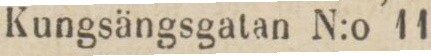
Kungsängsgatan N:o 11.